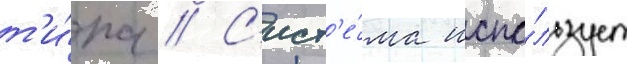
т'и́па // С'ист'е́ма испо́льзует